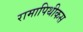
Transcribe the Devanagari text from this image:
रामापिथीकस